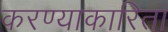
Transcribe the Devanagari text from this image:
करण्याकारिता